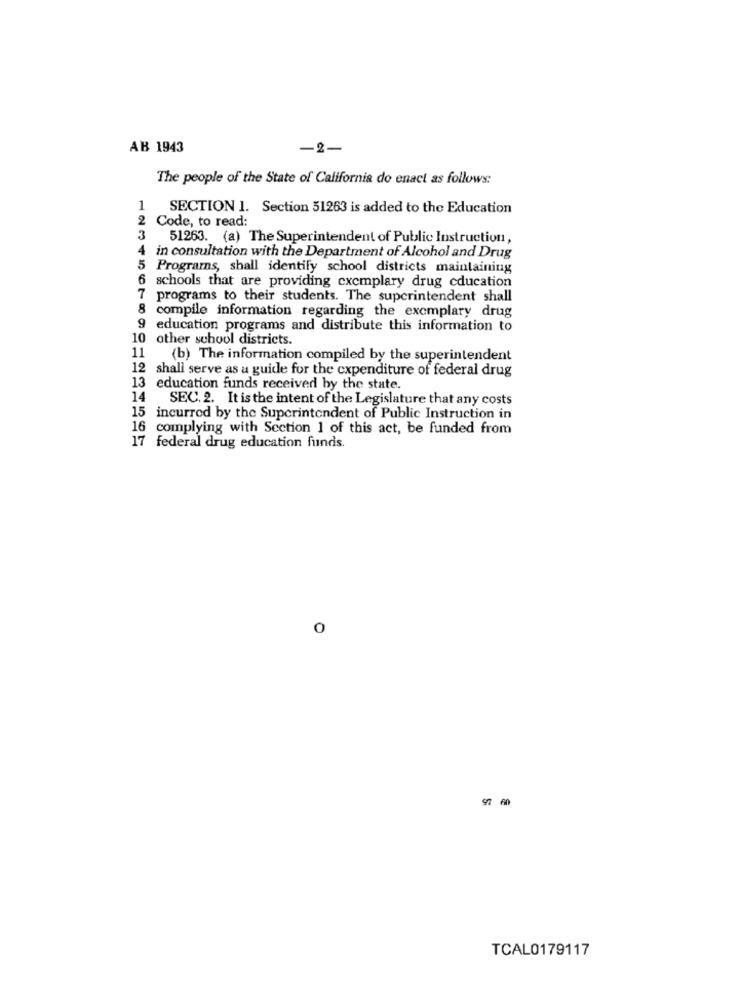
AB 1943
-2-
The people of the State of California do enact as follows:
1 SECTION 1. Section 51263 is added to the Education
Code, to read:
3
51263. (a) The Superintendent of Public Instruction,
4
in consultation with the Department of Alcohol and Drug
5 Programs, shall identify school districts maintaining
6 schools that are providing exemplary drug cducation
7 programs to their students. The superintendent shall
compile information regarding the exemplary drug
9 education programs and distribute this information to
10 other school districts.
11
(b) The information compiled by the superintendent
12 shall serve as a guide for the expenditure of federal drug
13 education funds received by the state.
14
SEC. 2. It is the intent of the Legislature that any costs
15 incurred by the Superintendent of Public Instruction in
16 complying with Section 1 of this act, be funded from
17 federal drug education funds.
0
97 60
TCAL0179117